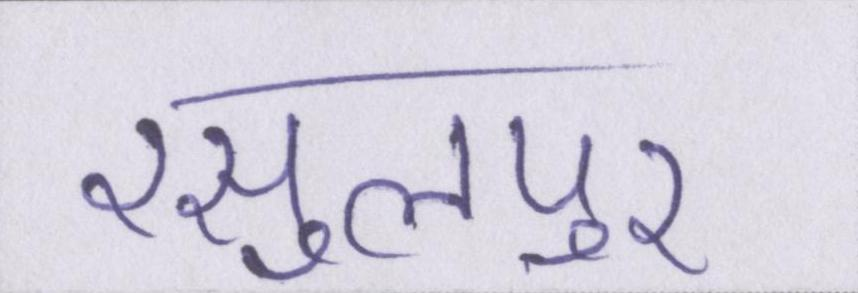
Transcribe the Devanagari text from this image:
रसुलपुर